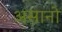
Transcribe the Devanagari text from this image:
असानो